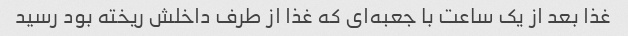
غذا بعد از یک ساعت با جعبه‌ای که غذا از طرف داخلش ریخته بود رسید